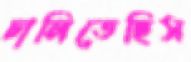
ঢালিতেছিস